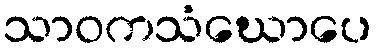
သာဝကသံဃောပေ